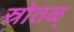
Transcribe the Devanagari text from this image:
स्रोतळ्